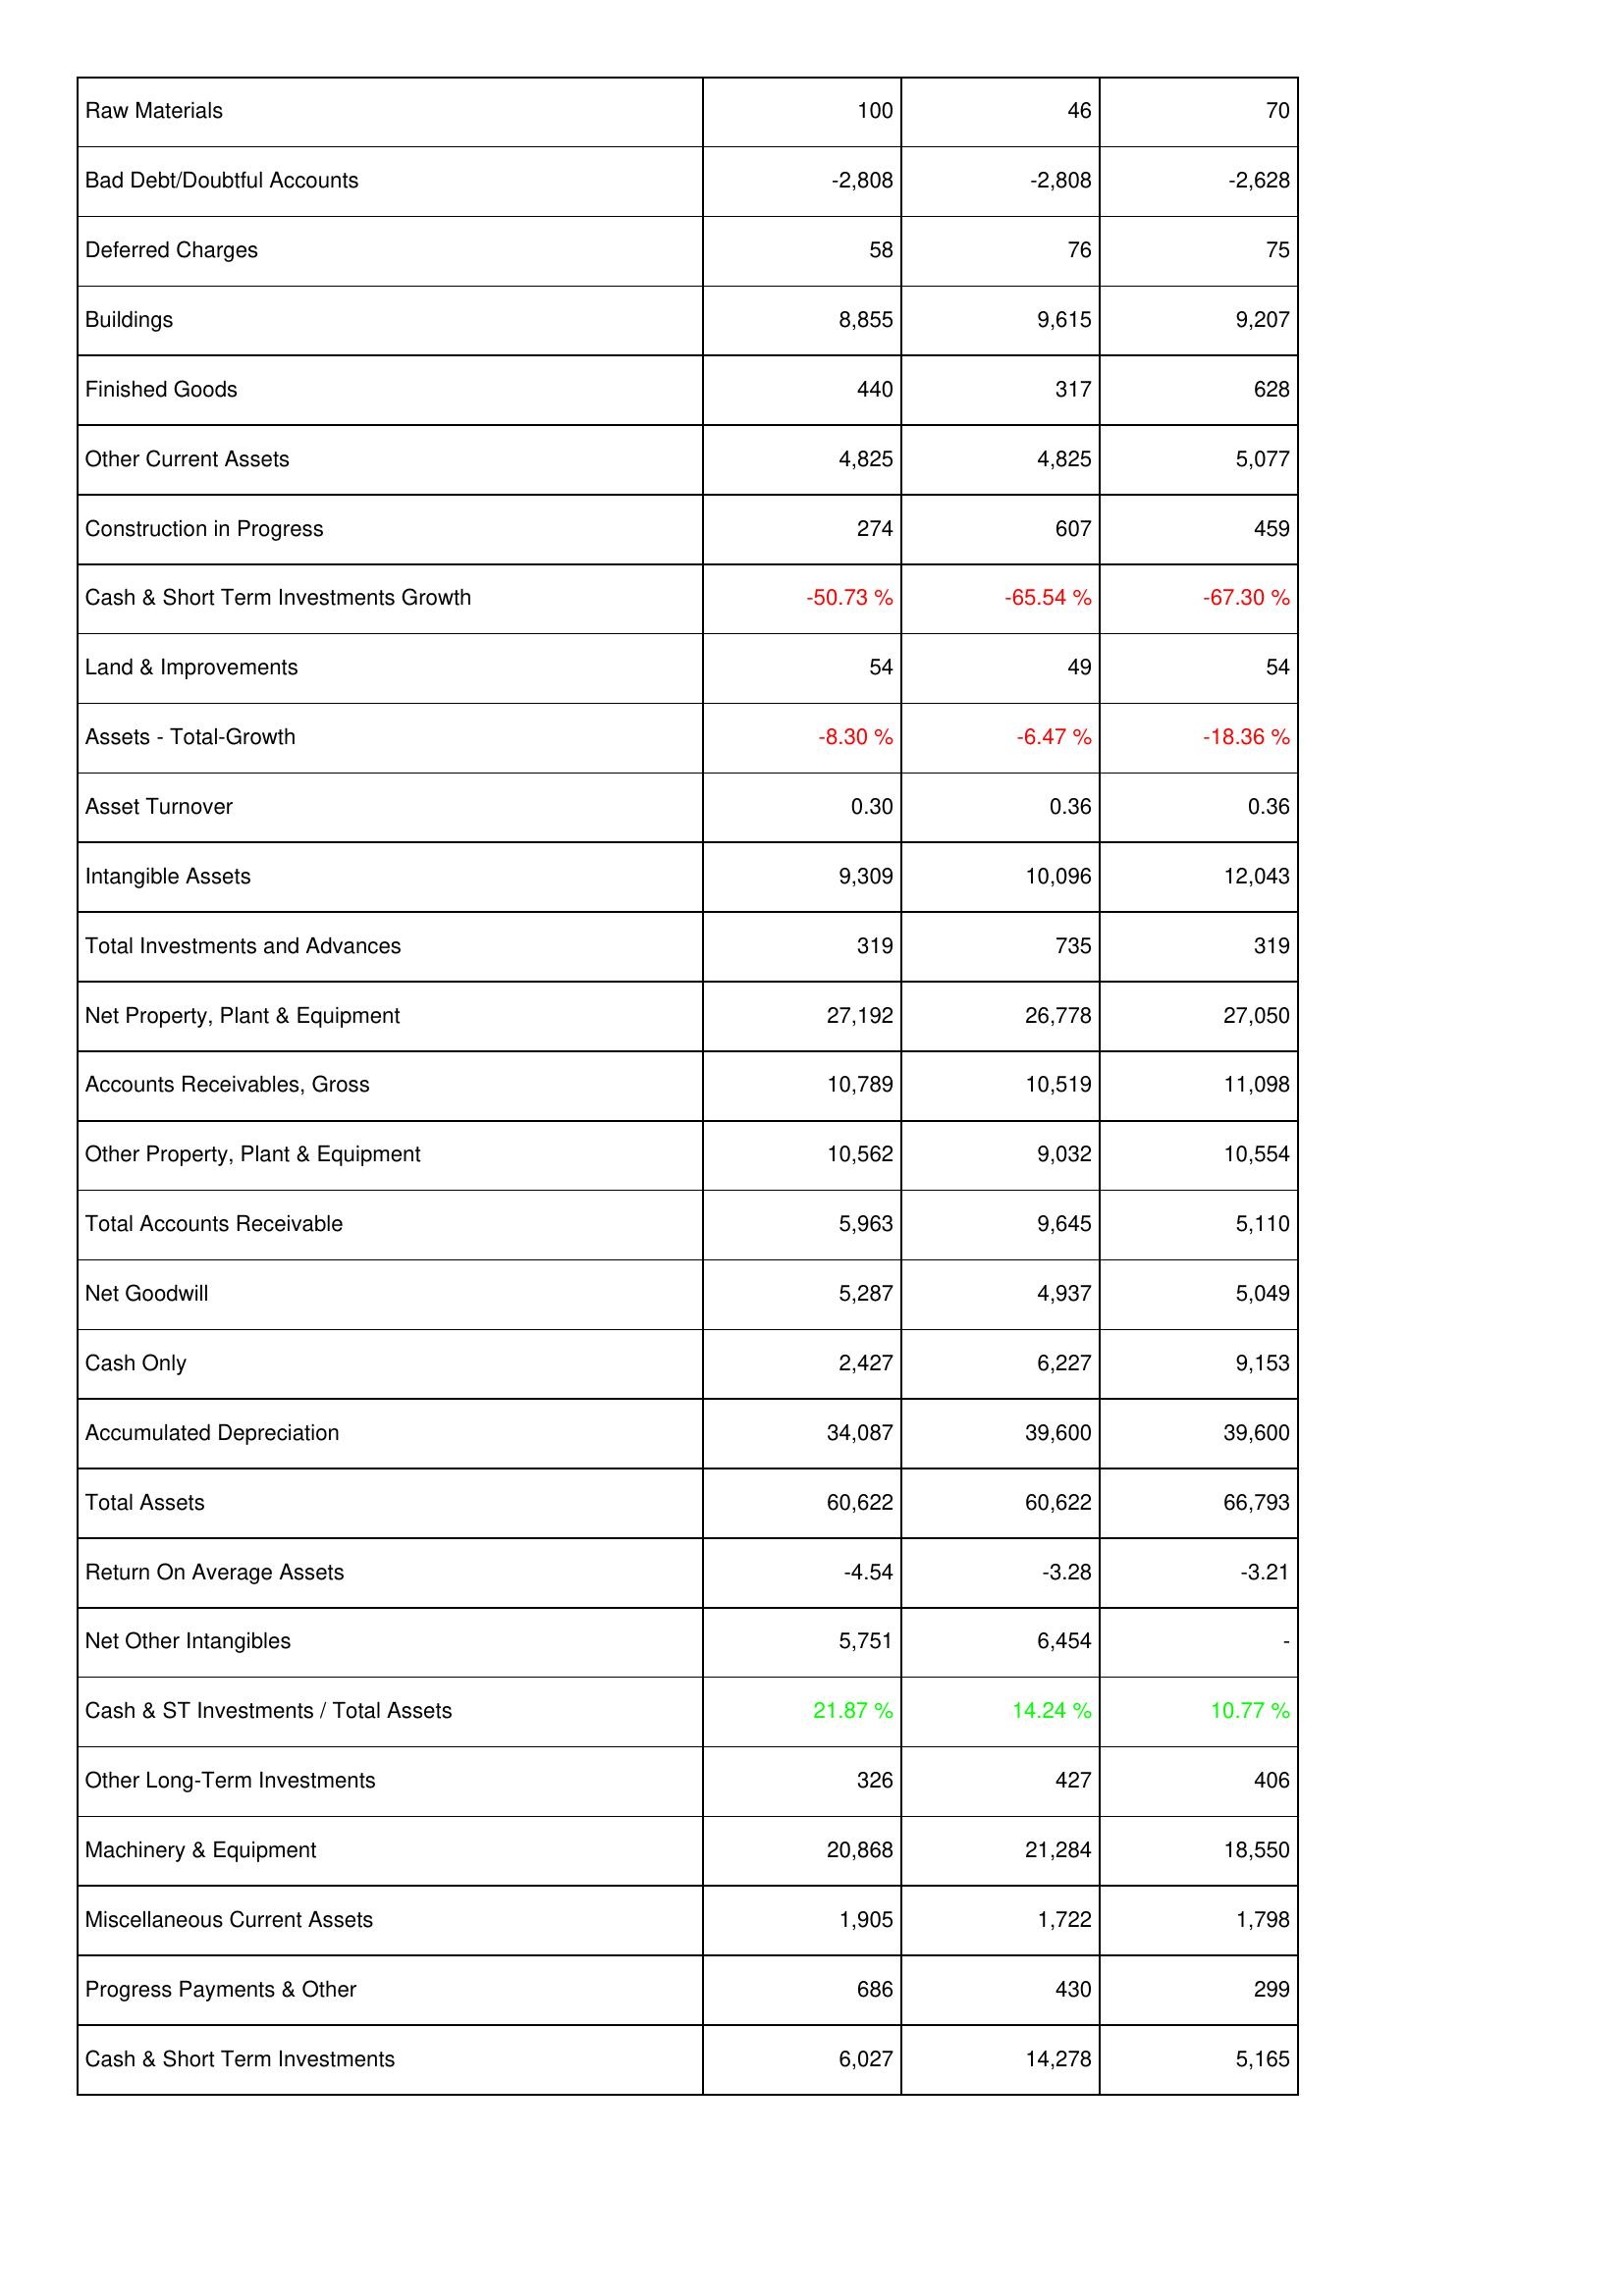
2022: Assets: Raw Materials: 100
Bad Debt/Doubtful Accounts: -2,808
Deferred Charges: 58
Buildings: 8,855
Finished Goods: 440
Other Current Assets: 4,825
Construction in Progress: 274
Cash & Short Term Investments Growth: -50.73 %
Land & Improvements: 54
Assets - Total-Growth: -8.30 %
Asset Turnover: 0.30
Intangible Assets: 9,309
Total Investments and Advances: 319
Net Property, Plant & Equipment: 27,192
Accounts Receivables, Gross: 10,789
Other Property, Plant & Equipment: 10,562
Total Accounts Receivable: 5,963
Net Goodwill: 5,287
Cash Only: 2,427
Accumulated Depreciation: 34,087
Total Assets: 60,622
Return On Average Assets: -4.54
Net Other Intangibles: 5,751
Cash & ST Investments / Total Assets: 21.87 %
Other Long-Term Investments: 326
Machinery & Equipment: 20,868
Miscellaneous Current Assets: 1,905
Progress Payments & Other: 686
Cash & Short Term Investments: 6,027
2023: Assets: Raw Materials: 46
Bad Debt/Doubtful Accounts: -2,808
Deferred Charges: 76
Buildings: 9,615
Finished Goods: 317
Other Current Assets: 4,825
Construction in Progress: 607
Cash & Short Term Investments Growth: -65.54 %
Land & Improvements: 49
Assets - Total-Growth: -6.47 %
Asset Turnover: 0.36
Intangible Assets: 10,096
Total Investments and Advances: 735
Net Property, Plant & Equipment: 26,778
Accounts Receivables, Gross: 10,519
Other Property, Plant & Equipment: 9,032
Total Accounts Receivable: 9,645
Net Goodwill: 4,937
Cash Only: 6,227
Accumulated Depreciation: 39,600
Total Assets: 60,622
Return On Average Assets: -3.28
Net Other Intangibles: 6,454
Cash & ST Investments / Total Assets: 14.24 %
Other Long-Term Investments: 427
Machinery & Equipment: 21,284
Miscellaneous Current Assets: 1,722
Progress Payments & Other: 430
Cash & Short Term Investments: 14,278
2024: Assets: Raw Materials: 70
Bad Debt/Doubtful Accounts: -2,628
Deferred Charges: 75
Buildings: 9,207
Finished Goods: 628
Other Current Assets: 5,077
Construction in Progress: 459
Cash & Short Term Investments Growth: -67.30 %
Land & Improvements: 54
Assets - Total-Growth: -18.36 %
Asset Turnover: 0.36
Intangible Assets: 12,043
Total Investments and Advances: 319
Net Property, Plant & Equipment: 27,050
Accounts Receivables, Gross: 11,098
Other Property, Plant & Equipment: 10,554
Total Accounts Receivable: 5,110
Net Goodwill: 5,049
Cash Only: 9,153
Accumulated Depreciation: 39,600
Total Assets: 66,793
Return On Average Assets: -3.21
Net Other Intangibles: -
Cash & ST Investments / Total Assets: 10.77 %
Other Long-Term Investments: 406
Machinery & Equipment: 18,550
Miscellaneous Current Assets: 1,798
Progress Payments & Other: 299
Cash & Short Term Investments: 5,165